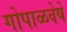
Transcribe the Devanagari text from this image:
गोपाळवेषें